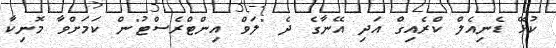
ކުޅޭ ޑެނިއެލް ކްރެއިގް އަދި އޭނާގެ ދެ "ލަވް އިންޓްރެސްޓު"ން ކަމަށްވާ މޮނިކާ